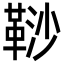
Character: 𩊮